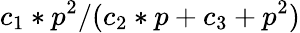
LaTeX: c_{1}*p^{2}/(c_{2}*p+c_{3}+p^{2})